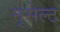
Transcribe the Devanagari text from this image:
नूसेल्ट